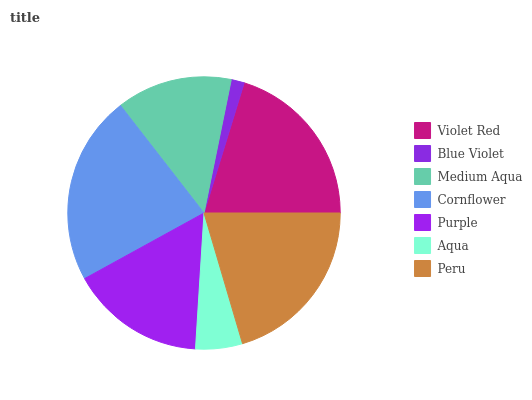
| Violet Red | Blue Violet | Medium Aqua | Cornflower | Purple | Aqua | Peru |
 | --- | --- | --- | --- | --- | --- | --- |
 | 20.2% | 1.56% | 13.7% | 22.5% | 16.1% | 5.56% | 20.4% |